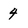
Character: 4